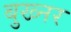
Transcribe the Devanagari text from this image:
बुख्नर